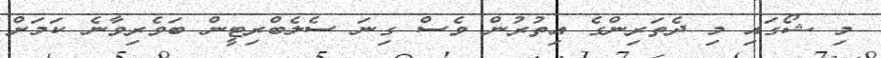
މި ޝޯގައި މި ދެތަރިންގެ އިތުރުން ވެސް ގިނަ ސެލެބްރިޓީން ބަވެރިވާނެ ކަމަށް